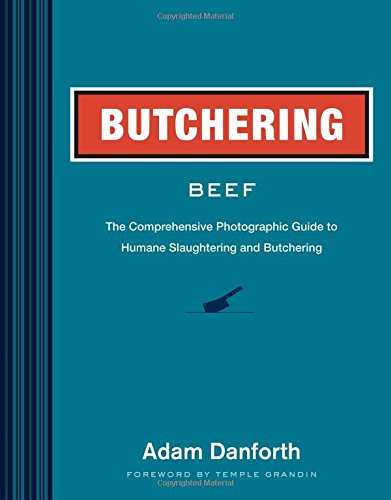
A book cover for Butchering Beef: The Comprehensive Photographic Guide to Humane Slaughtering and Butchering; Adam Danforth; Cookbooks, Food & Wine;